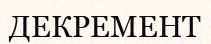
ДЕКРЕМЕНТ